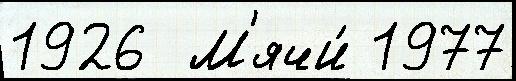
1926  М'ячи́ 1977